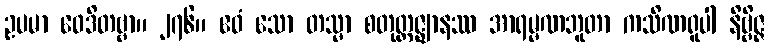
ဥပမာ ဝေဒိတဗ္ဗာ။ ၂၇၆။ ဧဝံ သော တသ္မာ စတုတ္ထဇ္ဈာနဿ အာရမ္မဏဘူတာ ကသိဏရူပါ နိဗ္ဗိဇ္ဇ